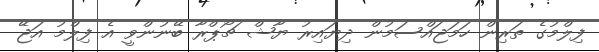
ފިލްމުގެ ތަރިން ހަމަޖައްސަމުން ދިޔައިރު ޔާޝް ޗޯޕްރާ ބޭނުންވީ އެ ފިލްމު އަޖޭ